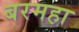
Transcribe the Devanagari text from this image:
बरमहा